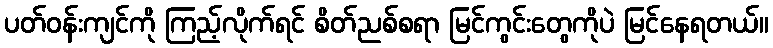
ပတ်ဝန်းကျင်ကို ကြည့်လိုက်ရင် စိတ်ညစ်စရာ မြင်ကွင်းတွေကိုပဲ မြင်နေရတယ်။